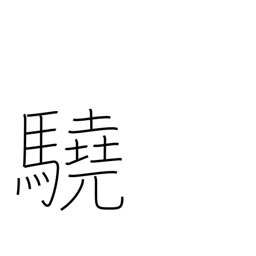
Meaning: ferocious